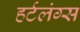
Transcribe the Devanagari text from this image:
हर्टलंग्स